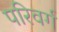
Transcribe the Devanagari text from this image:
परिवर्ग